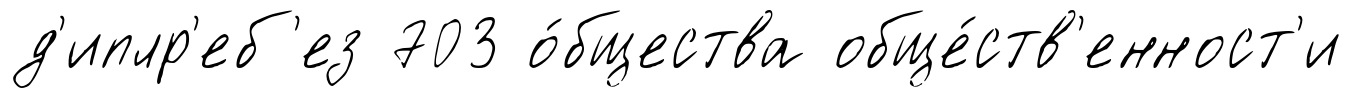
д'иплр'еб'ез 703 о́бщества обще́ств'енност'и